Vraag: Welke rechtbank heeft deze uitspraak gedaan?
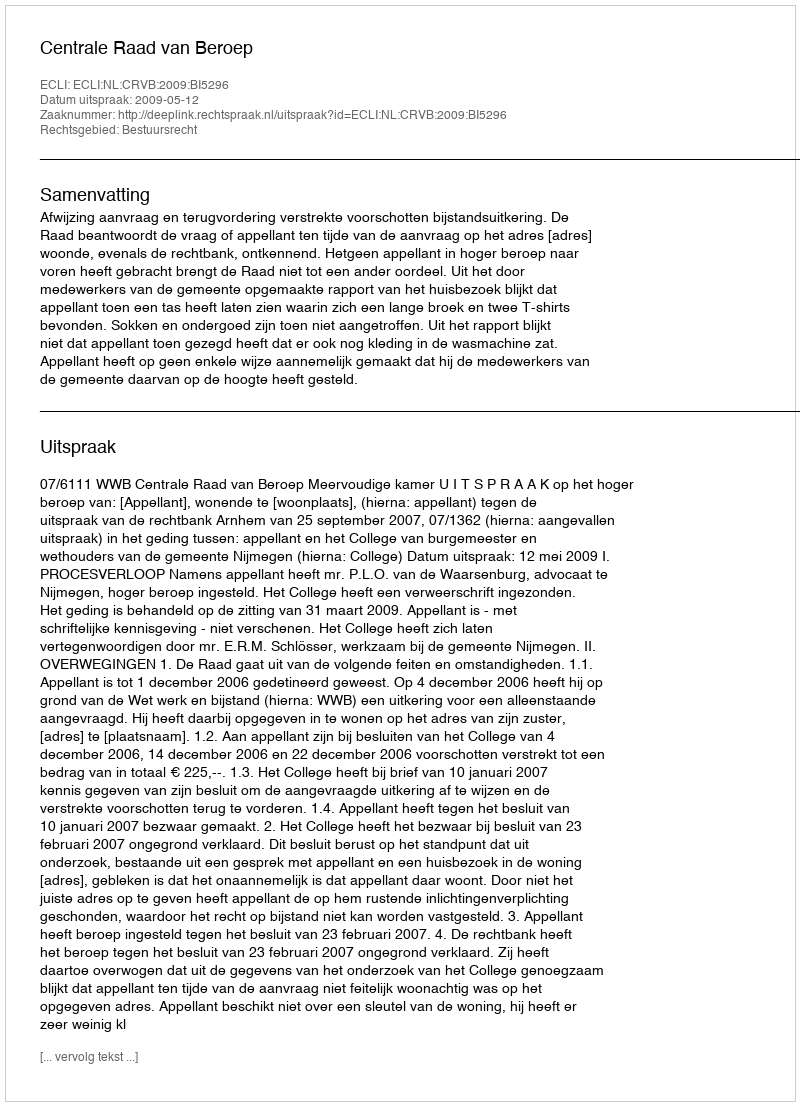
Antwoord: Centrale Raad van Beroep